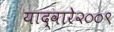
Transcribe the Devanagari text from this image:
याद्वारे२००९